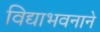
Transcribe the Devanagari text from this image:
विद्याभवनाने